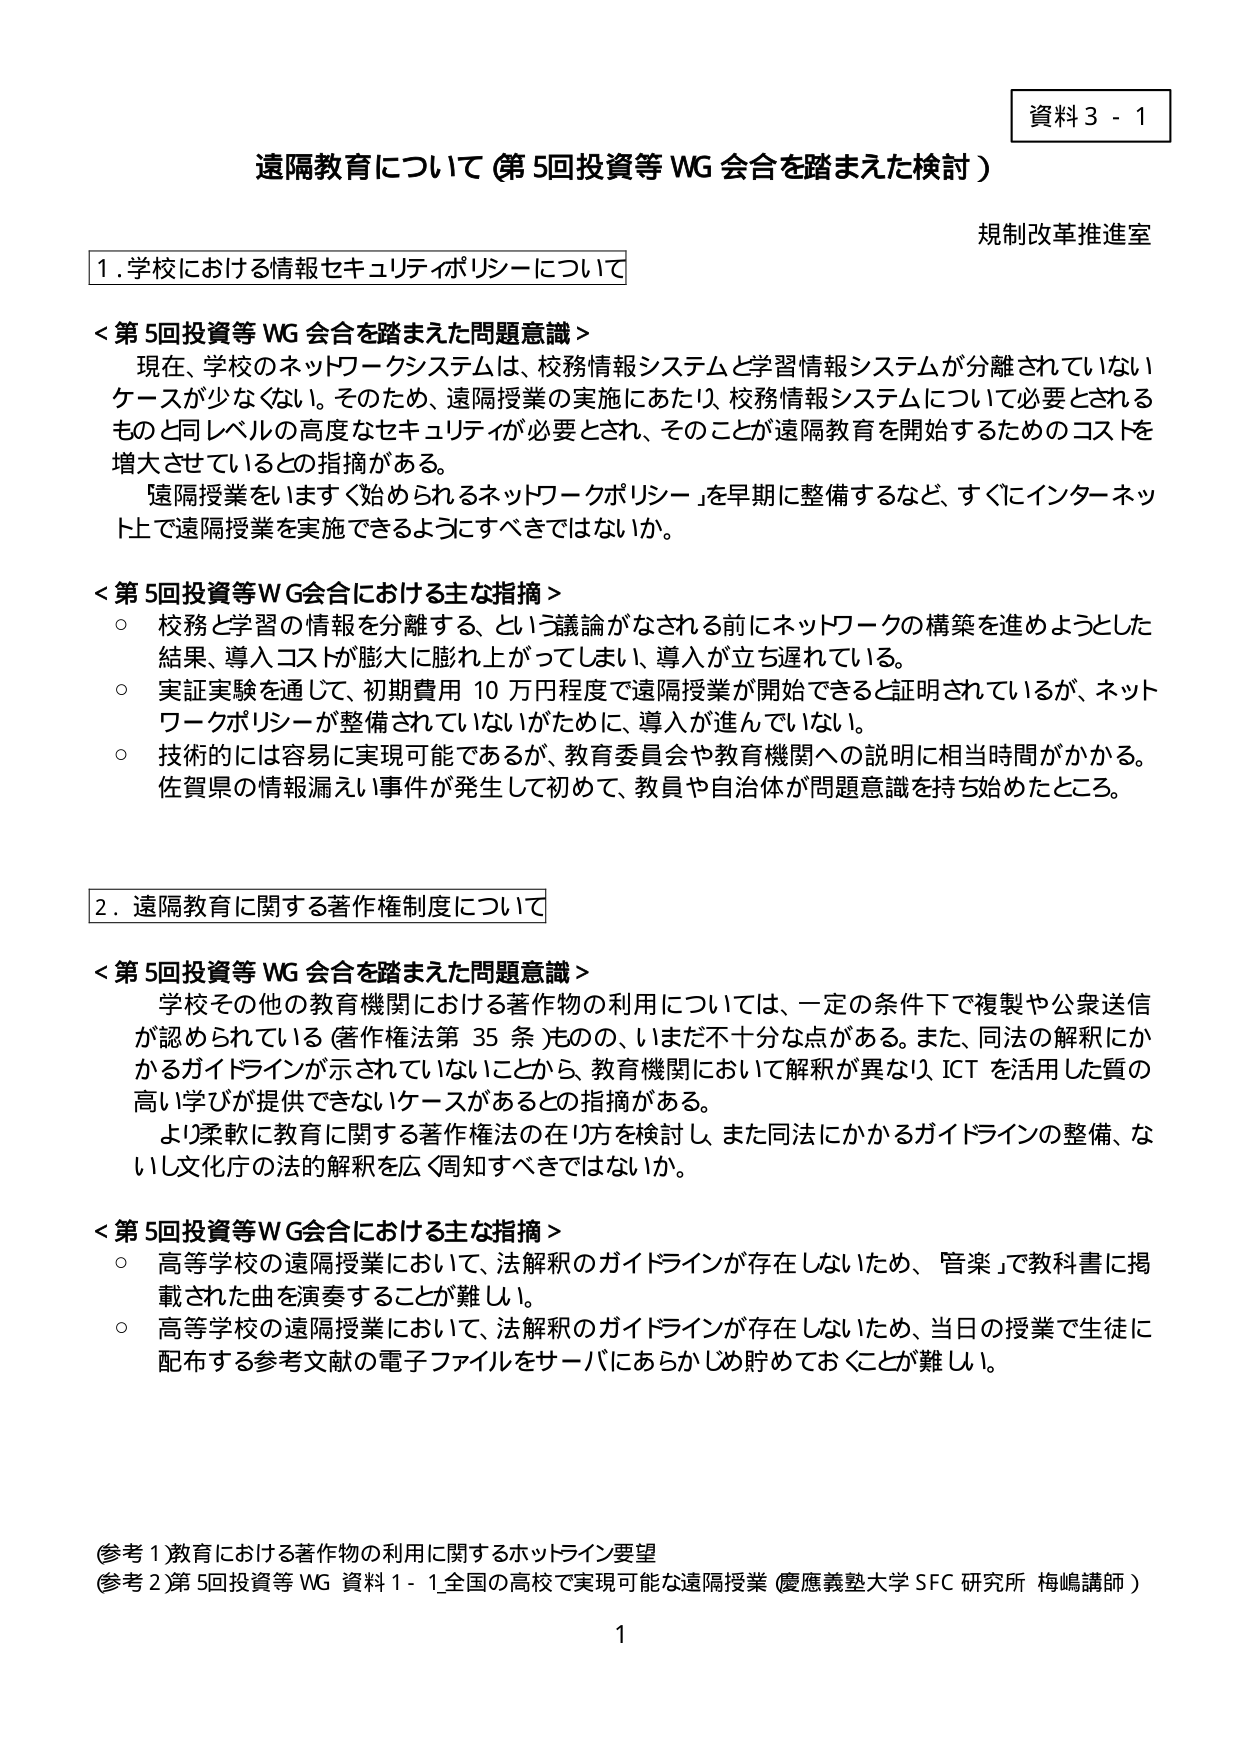
資料３－１

遠隔教育について（第5回投資等WG会合を踏まえた検討）

規制改革推進室

１．学校における情報セキュリティポリシーについて

＜第5回投資等WG会合を踏まえた問題意識＞
現在、学校のネットワークシステムは、校務情報システムと学習情報システムが分離されていないケースが少なくない。そのため、遠隔授業の実施にあたり、校務情報システムについて必要とされるものと同レベルの高度なセキュリティが必要とされ、そのことが遠隔教育を開始するためのコストを増大させているとの指摘がある。
「遠隔授業をいますぐ始められるネットワークポリシー」を早期に整備するなど、すぐにインターネット上で遠隔授業を実施できるようにすべきではないか。

＜第5回投資等WG会合における主な指摘＞
○ 校務と学習の情報を分離する、という議論がなされる前にネットワークの構築を進めようとした結果、導入コストが膨大に膨れ上がってしまい、導入が立ち遅れている。
○ 実証実験を通じて、初期費用10万円程度で遠隔授業が開始できると証明されているが、ネットワークポリシーが整備されていないがために、導入が進んでいない。
○ 技術的には容易に実現可能であるが、教育委員会や教育機関への説明に相当時間がかかる。佐賀県の情報漏えい事件が発生して初めて、教員や自治体が問題意識を持ち始めたところ。

２．遠隔教育に関する著作権制度について

＜第5回投資等WG会合を踏まえた問題意識＞
学校その他の教育機関における著作物の利用については、一定の条件下で複製や公衆送信が認められている（著作権法第35条）ものの、いまだ不十分な点がある。また、同法の解釈にかかるガイドラインが示されていないことから、教育機関において解釈が異なり、ICTを活用した質の高い学びが提供できないケースがあるとの指摘がある。
より柔軟に教育に関する著作権法の在り方を検討し、また同法にかかるガイドラインの整備、ないし文化庁の法的解釈を広く周知すべきではないか。

＜第5回投資等WG会合における主な指摘＞
○ 高等学校の遠隔授業において、法解釈のガイドラインが存在しないため、「管楽」で教科書に掲載された曲を演奏することが難しい。
○ 高等学校の遠隔授業において、法解釈のガイドラインが存在しないため、当日の授業で生徒に配布する参考文献の電子ファイルをサーバにあらかじめ貯めておくことが難しい。

（参考１）教育における著作物の利用に関するホットライン要望
（参考２）第5回投資等WG資料１－１ 全国の高校で実現可能な遠隔授業（慶應義塾大学SFC研究所 梅嶋講師）

1